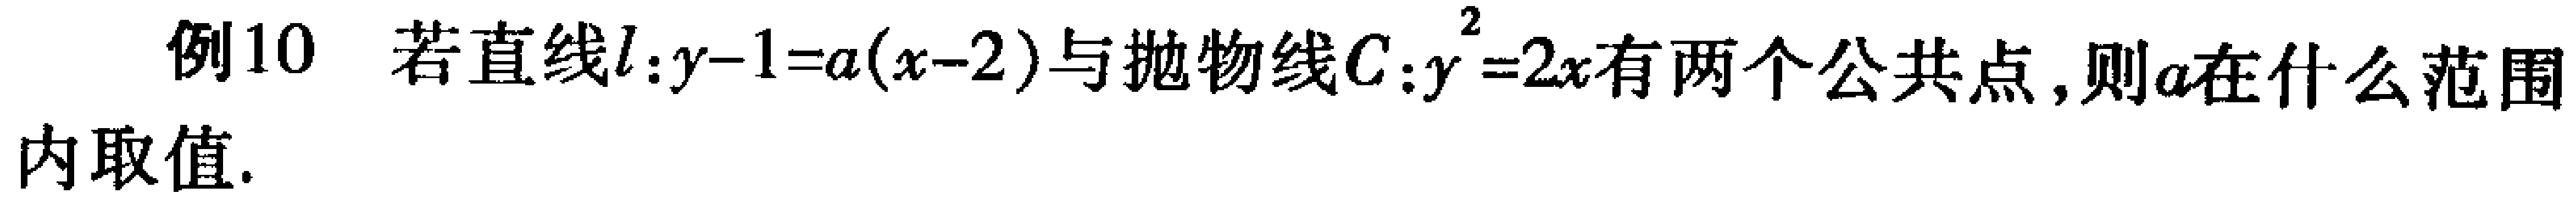
例10 若直线\(l:y - 1 = a(x - 2)\)与抛物线\(C:y^{2}=2x\)有两个公共点,则\(a\)在什么范围内取值.